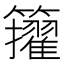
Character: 𥷘